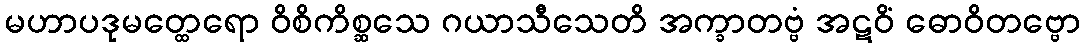
မဟာပဒုမတ္ထေရော ဝိစိကိစ္ဆသေ ဂယာသီသေတိ အက္ခာတဗ္ဗံ အဋဝိံ ဓောဝိတဗ္ဗော